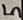
Text: 5